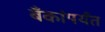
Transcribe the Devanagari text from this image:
बँकांपर्यंत